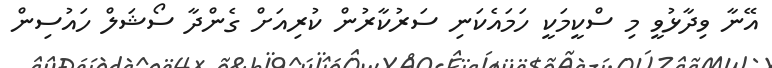
އޭނާ ވިދާޅުވީ މި ސްކީމަކީ ހަމައެކަނި ސަރުކާރުން ކުރިއަށް ގެންދާ ސޯޝަލް ހައުސިން